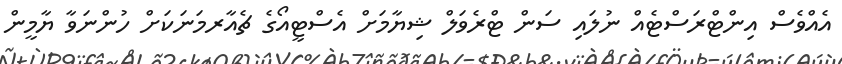
އެއްވެސް އިންޓްރަސްޓެއް ނުލައި ސަން ޓްރެވަލް ޝިޔާމަށް އެސްޓީއޯގެ ޗެއާރމަނަކަށް ހުންނަވާ ޔާމީން